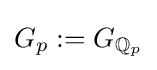
G_{p}:=G_{\mathbb {Q} _{p}}